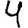
Digit: 4